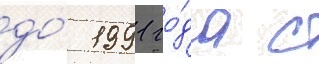
до́ 1991 го́да с